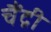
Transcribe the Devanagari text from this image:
चैंद्री